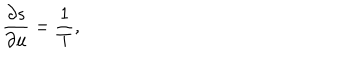
\frac { \partial s } { \partial u } = \frac { 1 } { T } ,